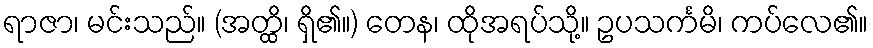
ရာဇာ၊ မင်းသည်။ (အတ္ထိ၊ ရှိ၏။) တေန၊ ထိုအရပ်သို့။ ဥပသင်္ကမိ၊ ကပ်လေ၏။